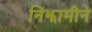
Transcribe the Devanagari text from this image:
निझामीने